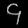
Digit: ၄